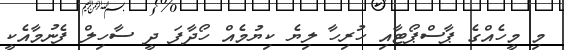
މި މީހެއްގެ ޕާސްޕޯޓާއި ހުރިހާ ލިޔެ ކިޔުމެއް ހޯދާފަ ދީ ސާހިލް ފެނުމާއެކީ